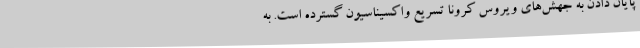
پایان دادن به جهش‌های ویروس کرونا تسریع واکسیناسیون گسترده است. به